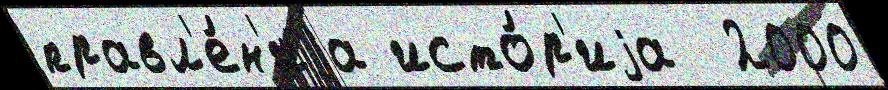
правл'е́н'иjа исто́р'иjа  2000